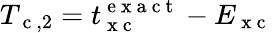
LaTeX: T_{\mathrm{~c~},2}=t_{\mathrm{~x~c~}}^{\mathrm{~e~x~a~c~t~}}-E_{\mathrm{~x~c~}}